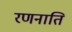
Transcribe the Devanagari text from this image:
रणनाति